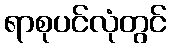
ရာစုပင်လုံတွင်